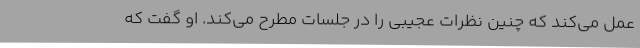
عمل‌ می‌کند که چنین نظرات عجیبی را در جلسات مطرح‌ می‌کند. او گفت که